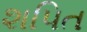
શપિત